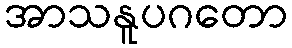
အာသနူပဂတော